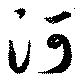
河